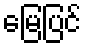
မြေပြင်